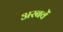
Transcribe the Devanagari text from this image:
अरबवें